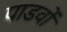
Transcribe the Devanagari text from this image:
पाडवों